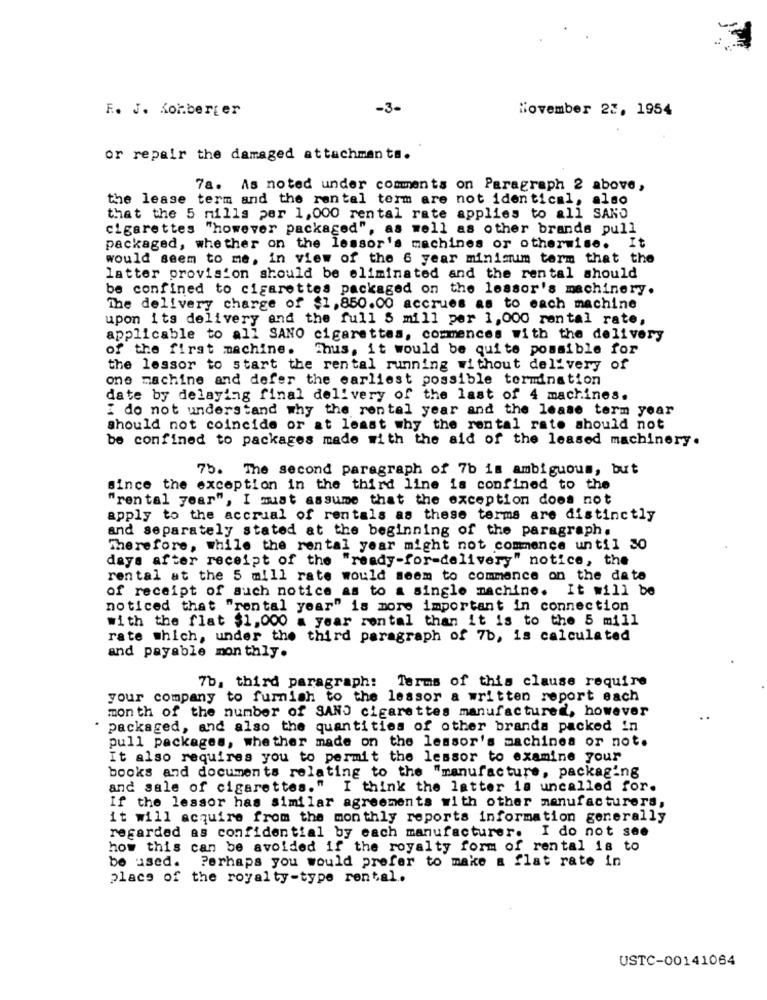
F. J. Kohberger
-3-
November 25, 1954
or repair the damaged attachments.
78. As noted under comments on Paragraph 2 above,
the lease term and the rental term are not identical, also
that the 5 mills per 1,000 rental rate applies to all SAND
cigarettes "however packaged", as well as other brands pull
packaged, whether on the lessor's machines or otherwise. It
would seem to me, in view of the 6 year minimum term that the
latter provision should be eliminated and the rental should
be confined to cigarettes packaged on the lessor's machinery.
The delivery charge of $1,850.00 accrues as to each machine
upon its delivery and the full 5 mill per 1,000 rental rate,
applicable to all SANO cigarettes, commences with the delivery
of the first machine.
Shus, it would be quite possible for
the lessor to start the rental running without delivery of
one machine and defer the earliest possible termination
date by delaying final delivery of the last of 4 machines.
I do not understand why the rental year and the lease term year
should not coincide or at least why the rental rate should not
be confined to packages made with the aid of the leased machinery.
75. The second paragraph of 7b im ambiguous, but
since the exception in the third line is confined to the
"rental year", I must assume that the exception does not
apply to the accrual of rentals as these terms are distinctly
and separately stated at the beginning of the paragraph.
Therefore, while the rental year might not commence until 30
days after receipt of the "ready-for-delivery" notice, the
rental at the 5 mill rate would seem to commence on the date
of receipt of auch notice as to a single machine. It will be
noticed that "rental year" is more important in connection
with the flat $1,000 a year rental than it is to the 5 mill
rate which, under the third paragraph of 7b, is calculated
and payable monthly.
7b, third paragraph: Terms of this clause require
your company to furnish to the lessor a written report each
month of the number of SAND cigarettes manufactured, however
packaged, and also the quantities of other brands packed in
pull packages, whether made on the lessor's machines or not.
It also requires you to permit the lessor to examine your
books and documents relating to the "manufacture, packaging
and sale of cigarettes." I think the latter is uncalled for.
If the lessor has similar agreements with other manufacturers,
it will acquire from the monthly reports information generally
regarded as confidential by each manufacturer. I do not see
how this can be avoided if the royalty form of rental is to
be used. Perhaps you would prefer to make a flat rate in
place of the royalty-type rental.
USTC-00141064